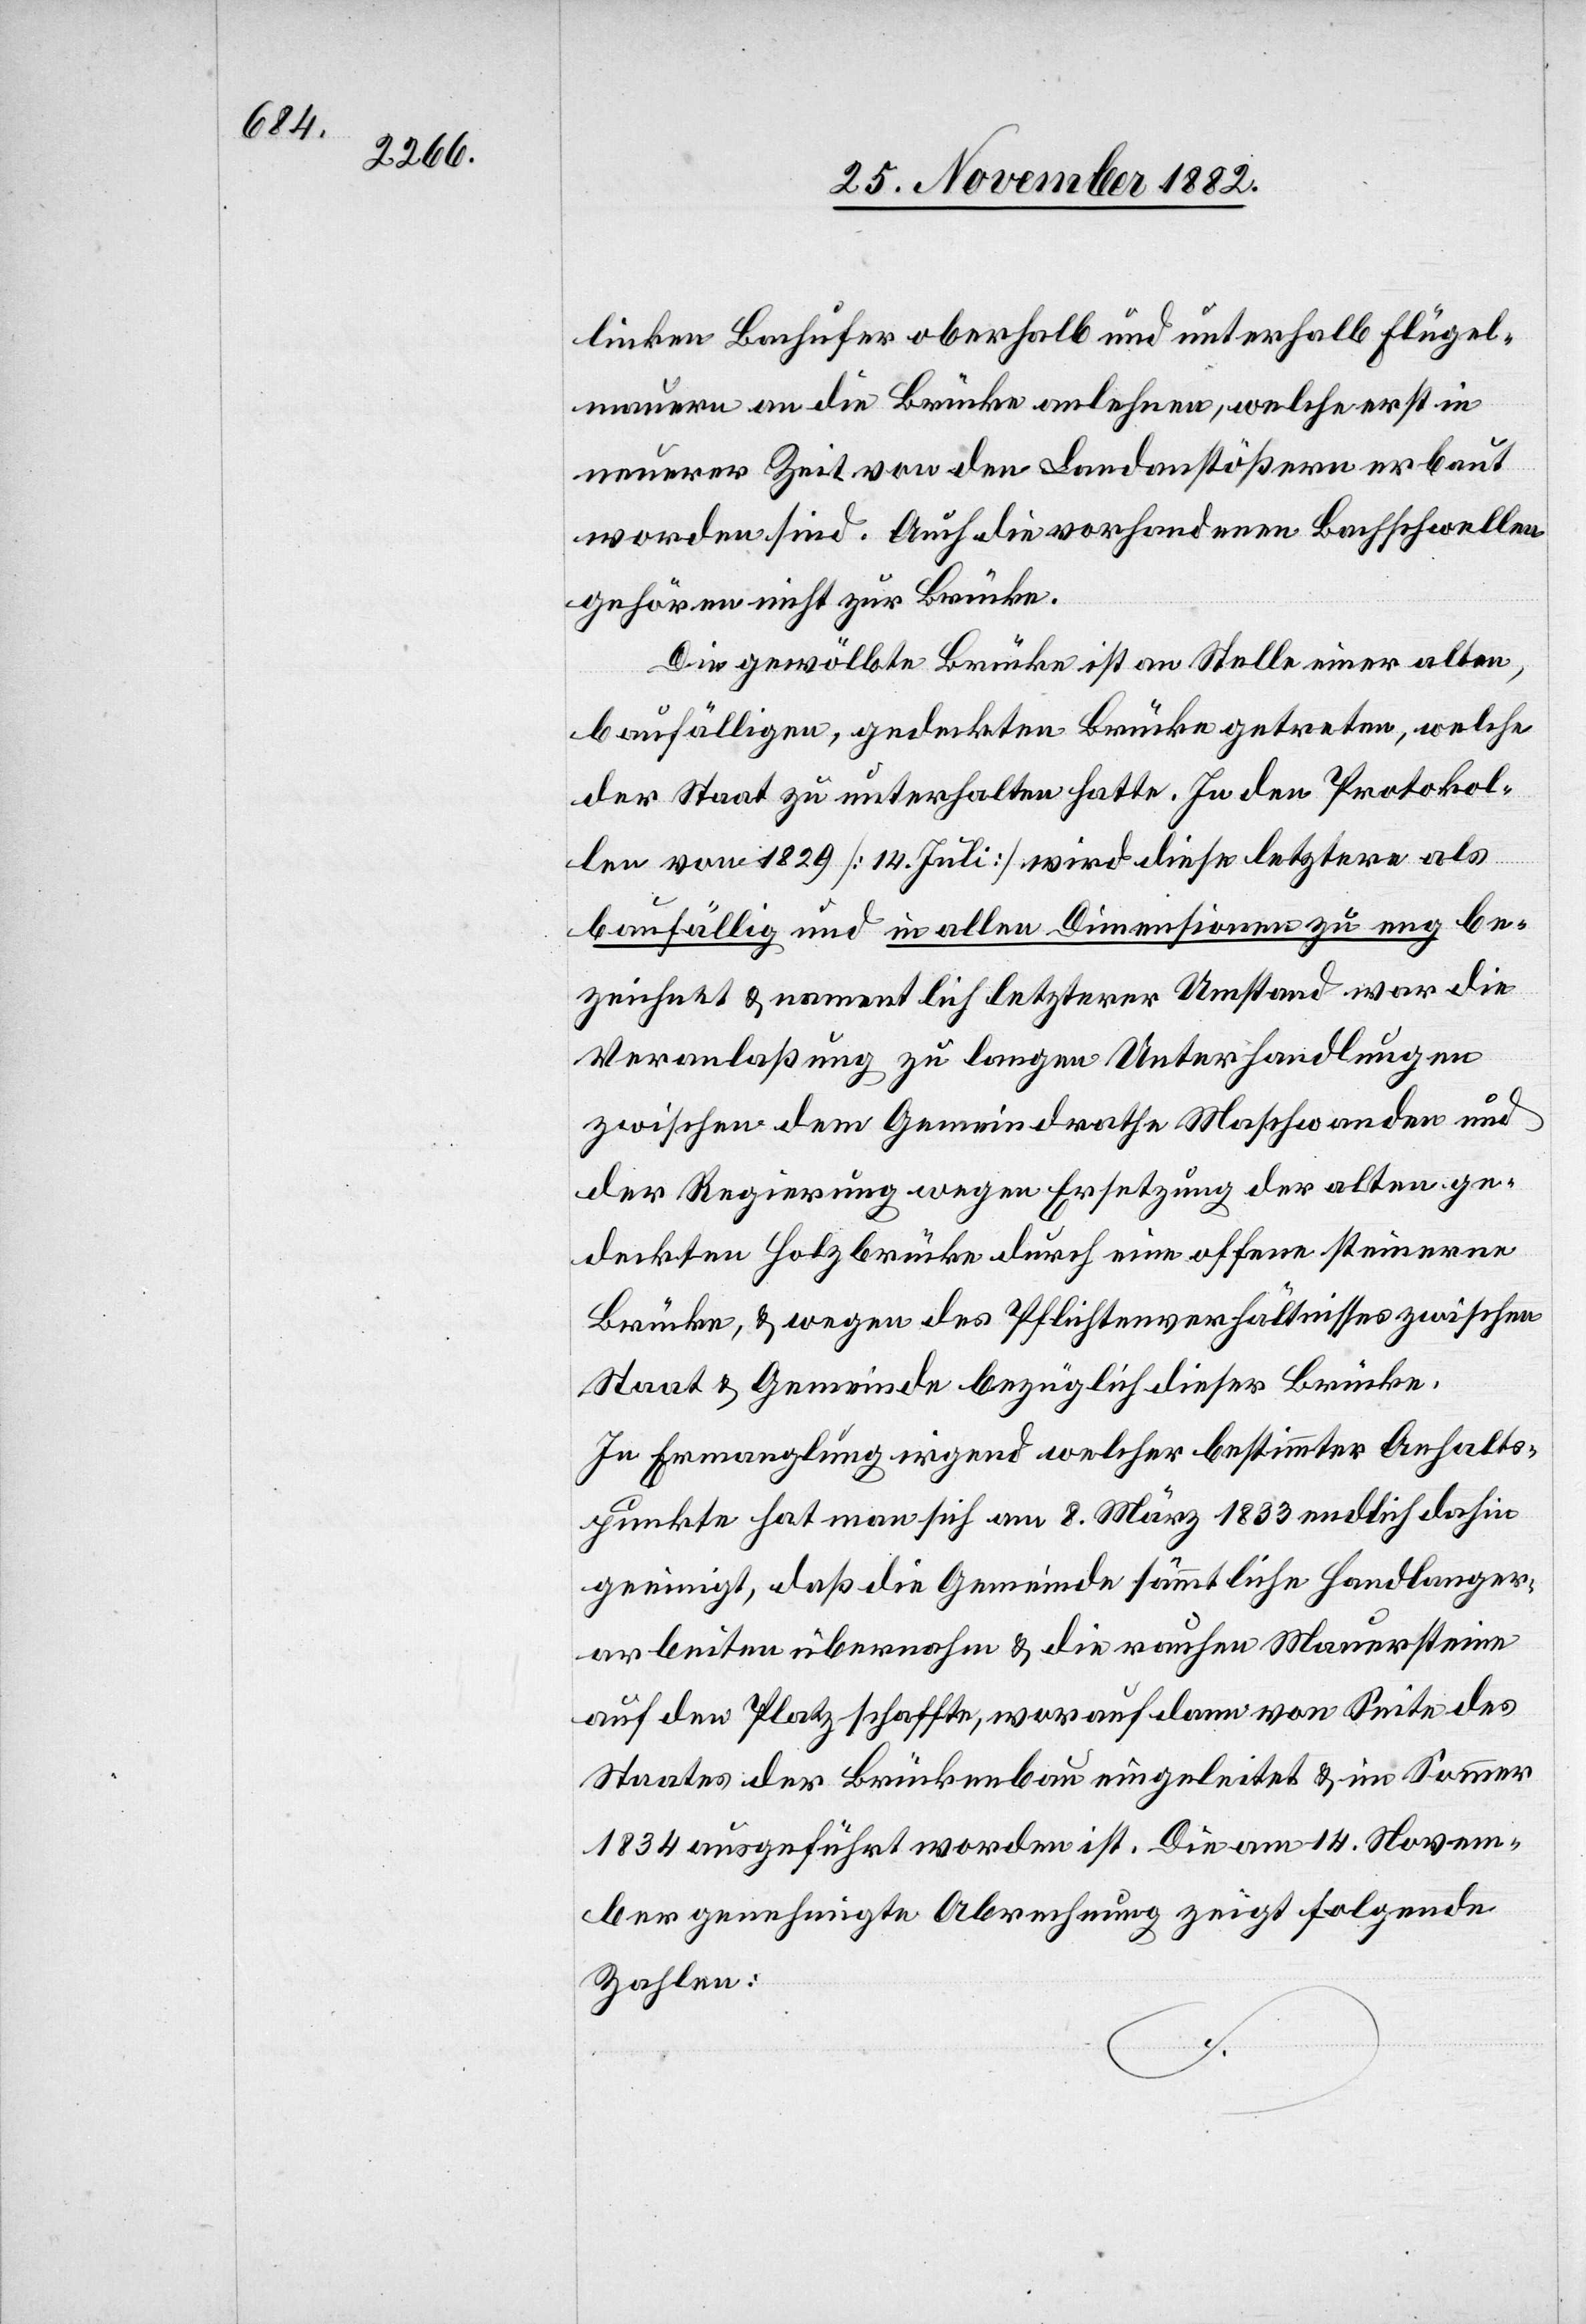
linken Bachufer oberhalb und unterhalb Flügel¬
mauern an die Brücke anlehnen, welche erst in
neuerer Zeit von den Landanstößern erbaut
worden sind. Auch die vorhandenen Bachschwellen
gehören nicht zur Brücke.
Die gewölbte Brücke ist an Stelle einer alten
baufälligen, gedeckten Brücke getreten, welche
der Staat zu unterhalten hatte. In den Protokol¬
len von 1829 [14. Juli] wird diese letztere als
baufällig und in allen Dimensionen zu eng be¬
zeichnet & namentlich letzterer Umstand war die
Veranlaßung zu langen Unterhandlungen
zwischen dem Gemeindrathe Maschwanden und
der Regierung wegen Ersetzung der alten ge¬
deckten Holzbrücke durch eine offene steinerne
Brücke, & wegen des Pflichtenverhältnisses zwischen
Staat & Gemeinde bezüglich dieser Brücke.
In Ermangelung irgend welcher bestimmter Anhalts¬
punkte hat man sich am 8. März 1833 endlich dahin
geeinigt, daß die Gemeinde sämmtliche Handlanger¬
arbeiten übernahm & die rauhen Mauersteine
auf den Platz schaffte, woraus dann von Seite des
Staates der Brückenbau eingeleitet & im Sommer
1834 ausgeführt worden ist. Die am 14. Novem¬
ber genehmigte Abrechnung zeigt folgende
Zahlen: